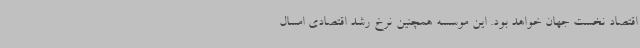
اقتصاد نخست جهان خواهد بود. این موسسه همچنین نرخ رشد اقتصادی امسال